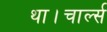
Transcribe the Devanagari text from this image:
था।चार्ल्स